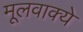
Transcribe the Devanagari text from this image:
मूलवाक्ये